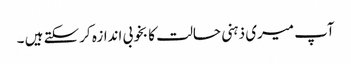
آپ میری ذہنی حالت کا بخوبی اندازہ کرسکتے ہیں ۔